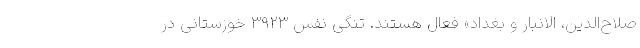
صلاح‌الدین، الانبار و بغداد» فعال هستند. تنگی نفس ۳۹۲۳ خوزستانی در